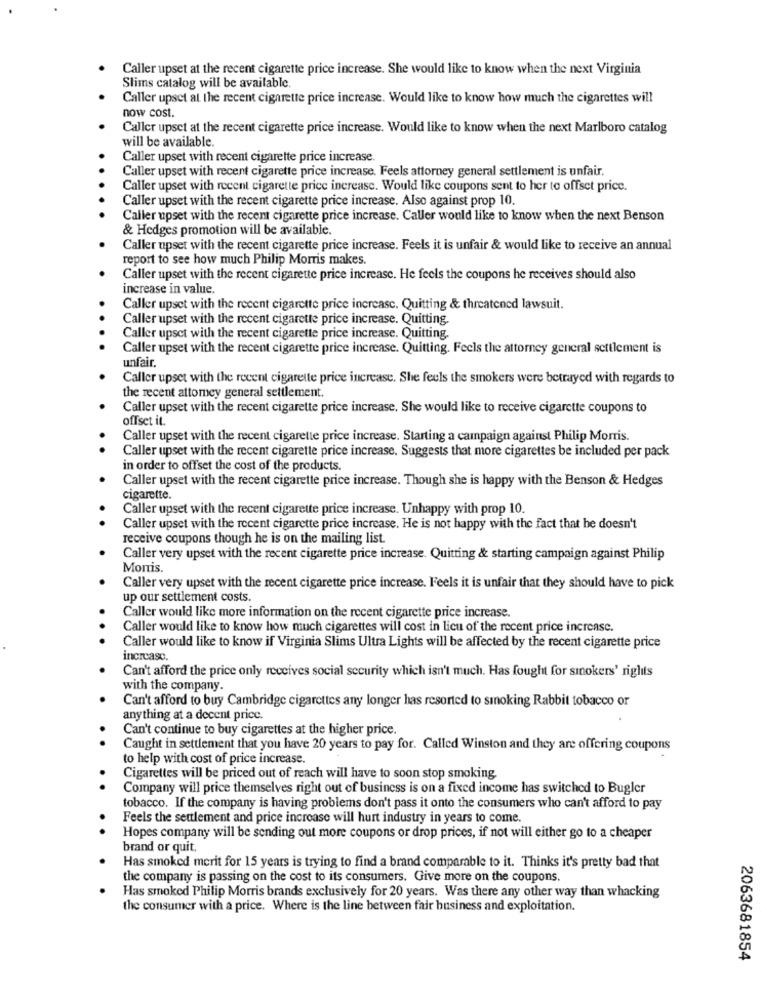
Caller upset at the recent cigarette price increase. She would like to know when the next Virginia
Slims catalog will be available.
Caller upset at the recent cigarette price increase. Would like to know how much the cigarettes will
now cost.
Caller upset at the recent cigarette price increase. Would like to know when the next Marlboro catalog
will be available.
Caller upset with recent cigarette price increase.
Caller upset with recent cigarette price increase. Feels attorney general settlement is unfair.
Caller upset with recent cigarette price increase. Would like coupons sent to her to offset price.
Caller upset with the recent cigarette price increase. Also against prop 10.
Caller upset with the recent cigarette price increase. Caller would like to know when the next Benson
& Hedges promotion will be available.
Caller upset with the recent cigarette price increase. Feels it is unfair & would like to receive an annual
report to see how much Philip Morris makes.
Caller upset with the recent cigarette price increase. He feels the coupons he receives should also
increase in value.
Caller upset with the recent cigarette price increase. Quitting & threatened lawsuit.
Caller upset with the recent cigarette price increase. Quitting.
Caller upset with the recent cigarette price increase. Quitting.
Caller upset with the recent cigarette price increase. Quitting. Feels the attorney general settlement is
unfair.
Caller upset with the recent cigarette price increase. She feels the smokers were betrayed with regards to
the recent attorney general settlement
Caller upset with the recent cigarette price increase. She would like to receive cigarette coupons to
offset it.
Caller upset with the recent cigarette price increase. Starting a campaign against Philip Morris.
Caller upset with the recent cigarette price increase. Suggests that more cigarettes be included per pack
in order to offset the cost of the products.
Caller upset with the recent cigarette price increase. Though she is happy with the Benson & Hedges
cigarette.
Caller upset with the recent cigarette price increase. Unhappy with prop 10.
Caller upset with the recent cigarette price increase. He is not happy with the fact that he doesn't
receive coupons though he is on the mailing list.
Caller very upset with the recent cigarette price increase. Quitting & starting campaign against Philip
Monis.
Caller very upset with the recent cigarette price increase. Feels it is unfair that they should have to pick
up our settlement costs.
Caller would like more information on the recent cigarette price increase.
Caller would like to know how much cigarettes will cost in lieu of the recent price increase.
Caller would like to know if Virginia Slims Ultra Lights will be affected by the recent cigarette price
increase.
Can't afford the price only receives social security which isn't much. Has fought for smokers' rights
with the company.
Can't afford to buy Cambridge cigarettes any longer has resorted to smoking Rabbit tobacco or
anything at a decent price.
Can't continue to buy cigarettes at the higher price.
Caught in settlement that you have 20 years to pay for. Called Winston and they are offering coupons
to help with cost of price increase.
Cigarettes will be priced out of reach will have to soon stop smoking
Company will price themselves right out of business is on a fixed income has switched to Bugler
tobacco. If the company is having problems don't pass it onto the consumers who can't afford to pay
Feels the settlement and price increase will hurt industry in years to come.
.
Hopes company will be sending out more coupons or drop prices, if not will either go to a cheaper
brand or quit.
Has smoked merit for 15 years is trying to find a brand comparable to it. Thinks it's pretty bad that
the company is passing on the cost to its consumers. Give more on the coupons.
Has smoked Philip Morris brands exclusively for 20 years. Was there any other way than whacking
the consumer with a price. Where is the line between fair business and exploitation.
2063681854